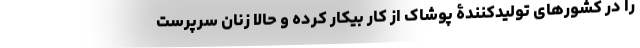
را در کشورهای تولیدکنندۀ پوشاک از کار بیکار کرده و حالا زنانِ سرپرستِ